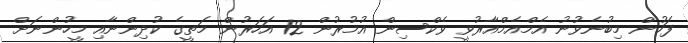
ފަހުން މިބުނެވުނު އެމްއެމްއާރުވީ ވެކްސިން އުމުރުން 12 އަހަރުން މަތީގެ ކުދިންނާއި މީހުންނަށް